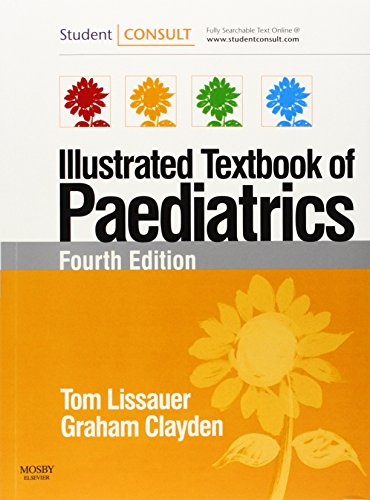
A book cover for Illustrated Textbook of Paediatrics: with STUDENTCONSULT Online Access, 4e; Medical Books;